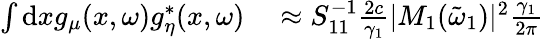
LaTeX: \begin{array}{rl}{\int\mathrm{d}xg_{\mu}(x,\omega)g_{\eta}^{*}(x,\omega)}&{{}\approx S_{11}^{-1}\frac{2c}{\gamma_{1}}|M_{1}(\tilde{\omega}_{1})|^{2}\frac{\gamma_{1}}{2\pi}}\end{array}